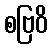
စဗြဝိ